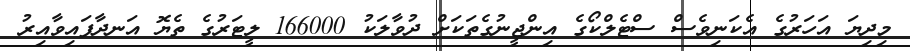
މިދިޔަ އަހަރުގެ އެކަނިވެސް ސްޓެލްކޯގެ އިންޖީނުގެތަކަށް ދުވާލަކު 166000 ލީޓަރުގެ ތެޔޮ އަނދާފައިވާއިރު